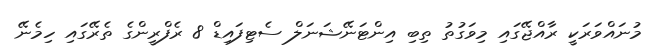
މުނައްވަރަކީ ރާއްޖޭގައި މިވަގުތު ތިބި އިންޓަނޭޝަނަލް ސެޓިފައިޑް 8 ރެފްރީންގެ ތެރޭގައި ހިމެނޭ